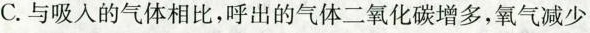
C.与吸入的气体相比，呼出的气体二氧化碳增多，氧气减少